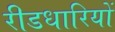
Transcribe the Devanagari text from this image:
रीडधारियों